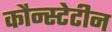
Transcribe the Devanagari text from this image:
कौन्स्टेटीन